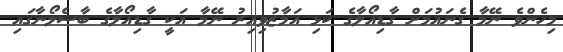
މިހެންވެ ނޭމާ ގެނައުމަށް ގާޑިއޯލާގެ ކަޅި އަމާޒުވިއިރު ނޭމާ އަކީ ގާޑިއޯލާގެ ބާސެލޯނާގައި